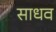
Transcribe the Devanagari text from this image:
साधव